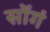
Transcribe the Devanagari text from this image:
सोंगं